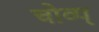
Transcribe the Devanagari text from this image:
चोव्प्